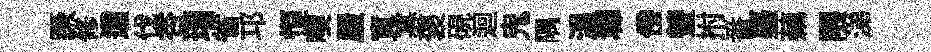
蹶修這伐杏瑁省邛恒喫屋寬寡褒硯迴鬼隅温墀傍螢拊番臺藕隈涕